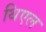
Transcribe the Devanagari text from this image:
थिएल